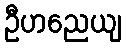
ဦဟညေယျ